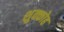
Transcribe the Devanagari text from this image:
शुक्कोह